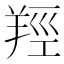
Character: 羥